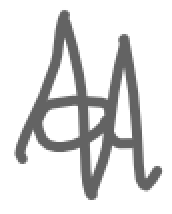
Text: a
Cross-out: zig-zag
Writing tool: digital_gray